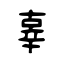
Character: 辜